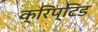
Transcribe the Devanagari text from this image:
क्रिप्टिड